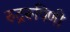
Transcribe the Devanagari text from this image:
रुद्ररूपिणी